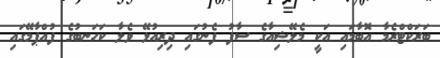
ބަރަކްޓްރެމާ އޮބާމައި އަކީ މެލޭޝިއާގެ ސާފު ފެނުގައި ދިރިއުޅޭ ވެލާ ކަހަނބުގެ ފުއްޕާމޭގައި